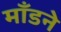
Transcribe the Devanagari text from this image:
माँडने